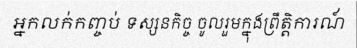
អ្នកលក់កញ្ចប់ ទស្សនកិច្ច ចូលរួមក្នុងព្រឹត្តិការណ៍